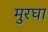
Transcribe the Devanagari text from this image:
मुरघा